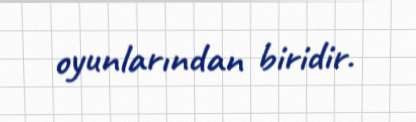
oyunlarından biridir.